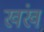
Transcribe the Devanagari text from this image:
खंख